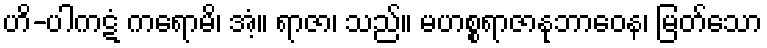
ဟိ-ပါကဋံ ကရောမိ၊ အံ့။ ရာဇာ၊ သည်။ မဟစ္စရာဇာနုဘာဝေန၊ မြတ်သော